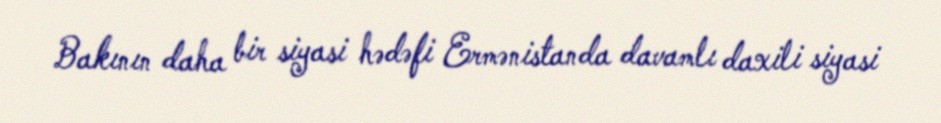
Bakının daha bir siyasi hədəfi Ermənistanda davamlı daxili siyasi